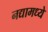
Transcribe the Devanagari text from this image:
नद्यामध्ये